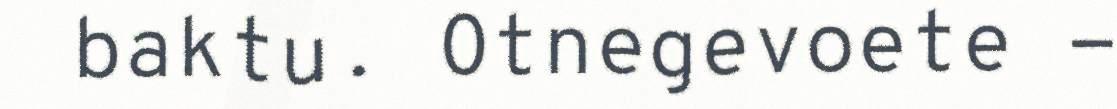
baktu. Otnegevoete -